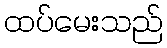
ထပ်မေးသည်